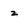
Character: z